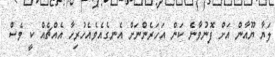
ލަޔާ ޔޫއާން އަށް ފޮނުވާނެ ކަން އަހަރެންނަށް އެނގެއެވެއެހުރިހާ އެއްޗެއް ކީ ވެސް